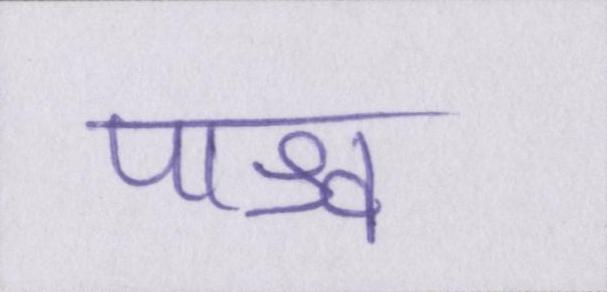
पाश्र्व